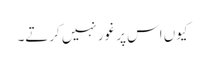
کیوں اس پر غور نہیں کرتے۔